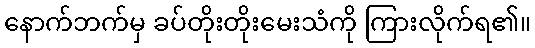
နောက်ဘက်မှ ခပ်တိုးတိုးမေးသံကို ကြားလိုက်ရ၏။